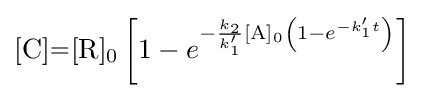
{\ce {[C]=[R]0}}\left[1-e^{-{\frac {k_{2}}{k_{1}'}}{\ce {[A]0}}\left(1-e^{-k_{1}'t}\right)}\right]